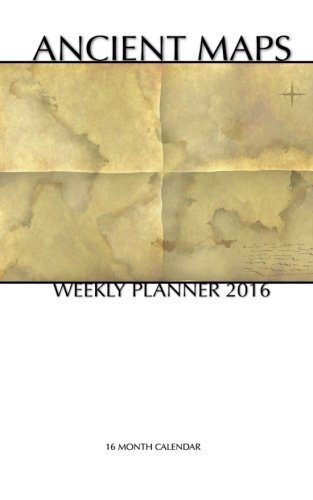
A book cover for Ancient Maps Weekly Planner 2016: 16 Month Calendar; Smith Smith; Calendars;